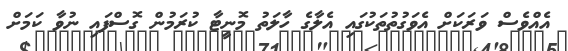
އެއްވެސް ވަރަކަށް އެވަގުތުތަކުގައި އެލާގެ ހާލަތު މޮނީޓާ ކުރަމުން ގޮސްފައި ނުވާ ކަމަށް